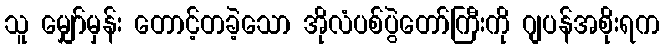
သူ မျှော်မှန်း တောင့်တခဲ့သော အိုလံပစ်ပွဲတော်ကြီးကို ဂျပန်အစိုးရက